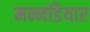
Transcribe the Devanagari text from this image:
मन्नडियार